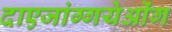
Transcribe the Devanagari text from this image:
दाएजांग्गयेओंग